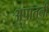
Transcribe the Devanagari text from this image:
अपातनी